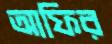
আফির